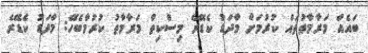
ބައެއް މަރާމާތުތައް ކުރުމަށް މާދަޑު ކެޑޭރެ މިސްކިތް މަރާމާތު ކުރުމާބެހޭ: މާދަޑު ކެޑޭރެ